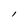
Character: I